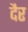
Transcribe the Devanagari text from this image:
दैर